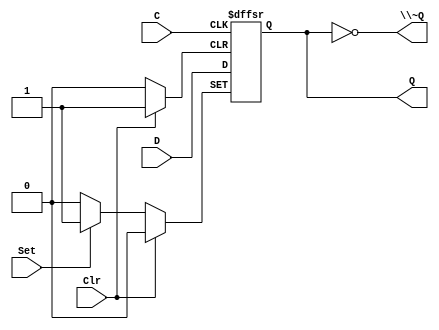
/*
 * Generated by Digital. Don't modify this file!
 * Any changes will be lost if this file is regenerated.
 */

module DIG_D_FF_AS_1bit
#(
    parameter Default = 0
)
(
   input Set,
   input D,
   input C,
   input Clr,
   output Q,
   output \~Q
);
    reg state;

    assign Q = state;
    assign \~Q  = ~state;

    always @ (posedge C or posedge Clr or posedge Set)
    begin
        if (Set)
            state <= 1'b1;
        else if (Clr)
            state <= 'h0;
        else
            state <= D;
    end

    initial begin
        state = Default;
    end
endmodule

module nlprg14 (
  input ck,
  input rst,
  output [13:0] o
);
  wire o0;
  wire o1;
  wire o2;
  wire o3;
  wire o4;
  wire o5;
  wire o6;
  wire o7;
  wire o8;
  wire o9;
  wire o10;
  wire o11;
  wire o12;
  wire o13;
  wire s0;
  wire s1;
  wire s2;
  wire s3;
  wire s4;
  DIG_D_FF_AS_1bit #(
    .Default(0)
  )
  DIG_D_FF_AS_1bit_i0 (
    .Set( 1'b0 ),
    .D( s0 ),
    .C( ck ),
    .Clr( rst ),
    .Q( o0 )
  );
  DIG_D_FF_AS_1bit #(
    .Default(0)
  )
  DIG_D_FF_AS_1bit_i1 (
    .Set( 1'b0 ),
    .D( s1 ),
    .C( ck ),
    .Clr( rst ),
    .Q( o2 )
  );
  DIG_D_FF_AS_1bit #(
    .Default(0)
  )
  DIG_D_FF_AS_1bit_i2 (
    .Set( 1'b0 ),
    .D( s2 ),
    .C( ck ),
    .Clr( rst ),
    .Q( o1 )
  );
  DIG_D_FF_AS_1bit #(
    .Default(0)
  )
  DIG_D_FF_AS_1bit_i3 (
    .Set( 1'b0 ),
    .D( s3 ),
    .C( ck ),
    .Clr( rst ),
    .Q( o3 )
  );
  DIG_D_FF_AS_1bit #(
    .Default(0)
  )
  DIG_D_FF_AS_1bit_i4 (
    .Set( 1'b0 ),
    .D( s4 ),
    .C( ck ),
    .Clr( rst ),
    .Q( o4 )
  );
  DIG_D_FF_AS_1bit #(
    .Default(0)
  )
  DIG_D_FF_AS_1bit_i5 (
    .Set( 1'b0 ),
    .D( o4 ),
    .C( ck ),
    .Clr( rst ),
    .Q( o5 )
  );
  DIG_D_FF_AS_1bit #(
    .Default(0)
  )
  DIG_D_FF_AS_1bit_i6 (
    .Set( 1'b0 ),
    .D( o5 ),
    .C( ck ),
    .Clr( rst ),
    .Q( o6 )
  );
  DIG_D_FF_AS_1bit #(
    .Default(0)
  )
  DIG_D_FF_AS_1bit_i7 (
    .Set( 1'b0 ),
    .D( o6 ),
    .C( ck ),
    .Clr( rst ),
    .Q( o7 )
  );
  DIG_D_FF_AS_1bit #(
    .Default(0)
  )
  DIG_D_FF_AS_1bit_i8 (
    .Set( 1'b0 ),
    .D( o7 ),
    .C( ck ),
    .Clr( rst ),
    .Q( o8 )
  );
  DIG_D_FF_AS_1bit #(
    .Default(0)
  )
  DIG_D_FF_AS_1bit_i9 (
    .Set( 1'b0 ),
    .D( o8 ),
    .C( ck ),
    .Clr( rst ),
    .Q( o9 )
  );
  DIG_D_FF_AS_1bit #(
    .Default(0)
  )
  DIG_D_FF_AS_1bit_i10 (
    .Set( 1'b0 ),
    .D( o9 ),
    .C( ck ),
    .Clr( rst ),
    .Q( o10 )
  );
  DIG_D_FF_AS_1bit #(
    .Default(0)
  )
  DIG_D_FF_AS_1bit_i11 (
    .Set( 1'b0 ),
    .D( o10 ),
    .C( ck ),
    .Clr( rst ),
    .Q( o11 )
  );
  DIG_D_FF_AS_1bit #(
    .Default(0)
  )
  DIG_D_FF_AS_1bit_i12 (
    .Set( 1'b0 ),
    .D( o11 ),
    .C( ck ),
    .Clr( rst ),
    .Q( o12 )
  );
  DIG_D_FF_AS_1bit #(
    .Default(0)
  )
  DIG_D_FF_AS_1bit_i13 (
    .Set( 1'b0 ),
    .D( o12 ),
    .C( ck ),
    .Clr( rst ),
    .Q( o13 )
  );
  assign o[0] = o0;
  assign o[1] = o1;
  assign o[2] = o2;
  assign o[3] = o3;
  assign o[4] = o4;
  assign o[5] = o5;
  assign o[6] = o6;
  assign o[7] = o7;
  assign o[8] = o8;
  assign o[9] = o9;
  assign o[10] = o10;
  assign o[11] = o11;
  assign o[12] = o12;
  assign o[13] = o13;
  assign s0 = ~ ((o12 ^ o13) ^ o4);
  assign s2 = ((o10 ^ o11) ^ o0);
  assign s1 = ((o8 ^ o9) ^ o1);
  assign s3 = ((o6 ^ o7) ^ o2);
  assign s4 = (~ (o8 ^ o3) ^ ((o2 & (o1 & o0)) & ((~ (o13 | o12) & ~ (o11 | o10)) & ((~ (o9 | o8) & ~ (o7 | o6)) & ~ (o5 | o4)))));
endmodule